Problem: 30 + 40 = ?
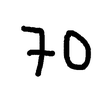
Handwritten answer: 70